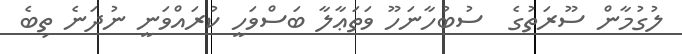
ލުގުމާން ސޫރަތުގެ  ސުބުހާނަހޫ ވަތަޢާލާ ބަސްވަހީ ކުރައްވަނީ ނުދަނެ ތިބެ